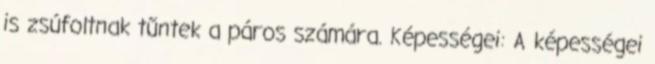
is zsúfoltnak tűntek a páros számára. Képességei: A képességei